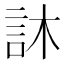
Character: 𮗼